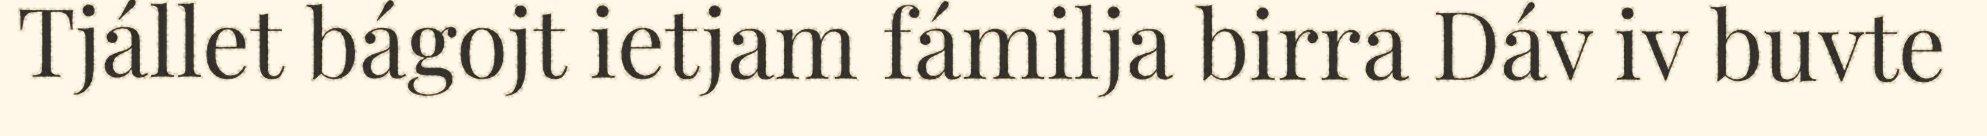
Tjállet bágojt ietjam fámilja birra Dáv iv buvte